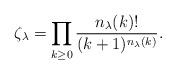
LaTeX: \begin{align*}\zeta_\lambda &= \prod_{k\geq 0} \frac{n_\lambda(k)!}{(k+1)^{n_\lambda(k)}}. \end{align*}